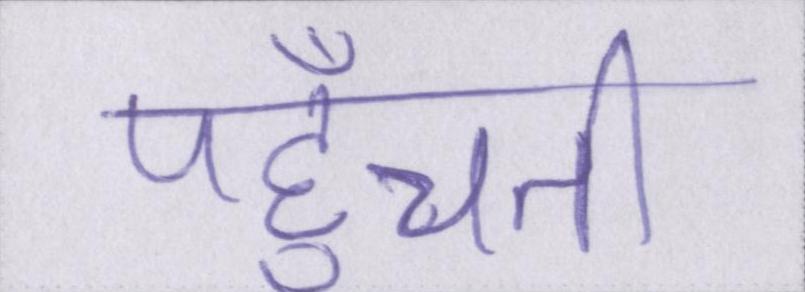
पहुँचती